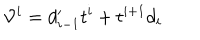
{ \cal V } _ { } ^ { i } = d _ { i - 1 } ^ { \prime } t ^ { i } + t ^ { i + 1 } d _ { i }